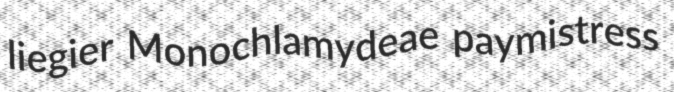
liegier Monochlamydeae paymistress